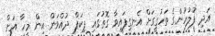
އަދި ފުލުހުންގެ ތަހުގީގަށް އެނގިފައިވާ ގޮތުގައި ޕިކަޕް ދުއްވަން އިން މީހާ އަށް